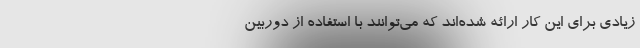
زیادی برای این کار ارائه شده‌اند که می‌توانند با استفاده از دوربین